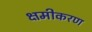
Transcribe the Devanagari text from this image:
क्षमीकरण